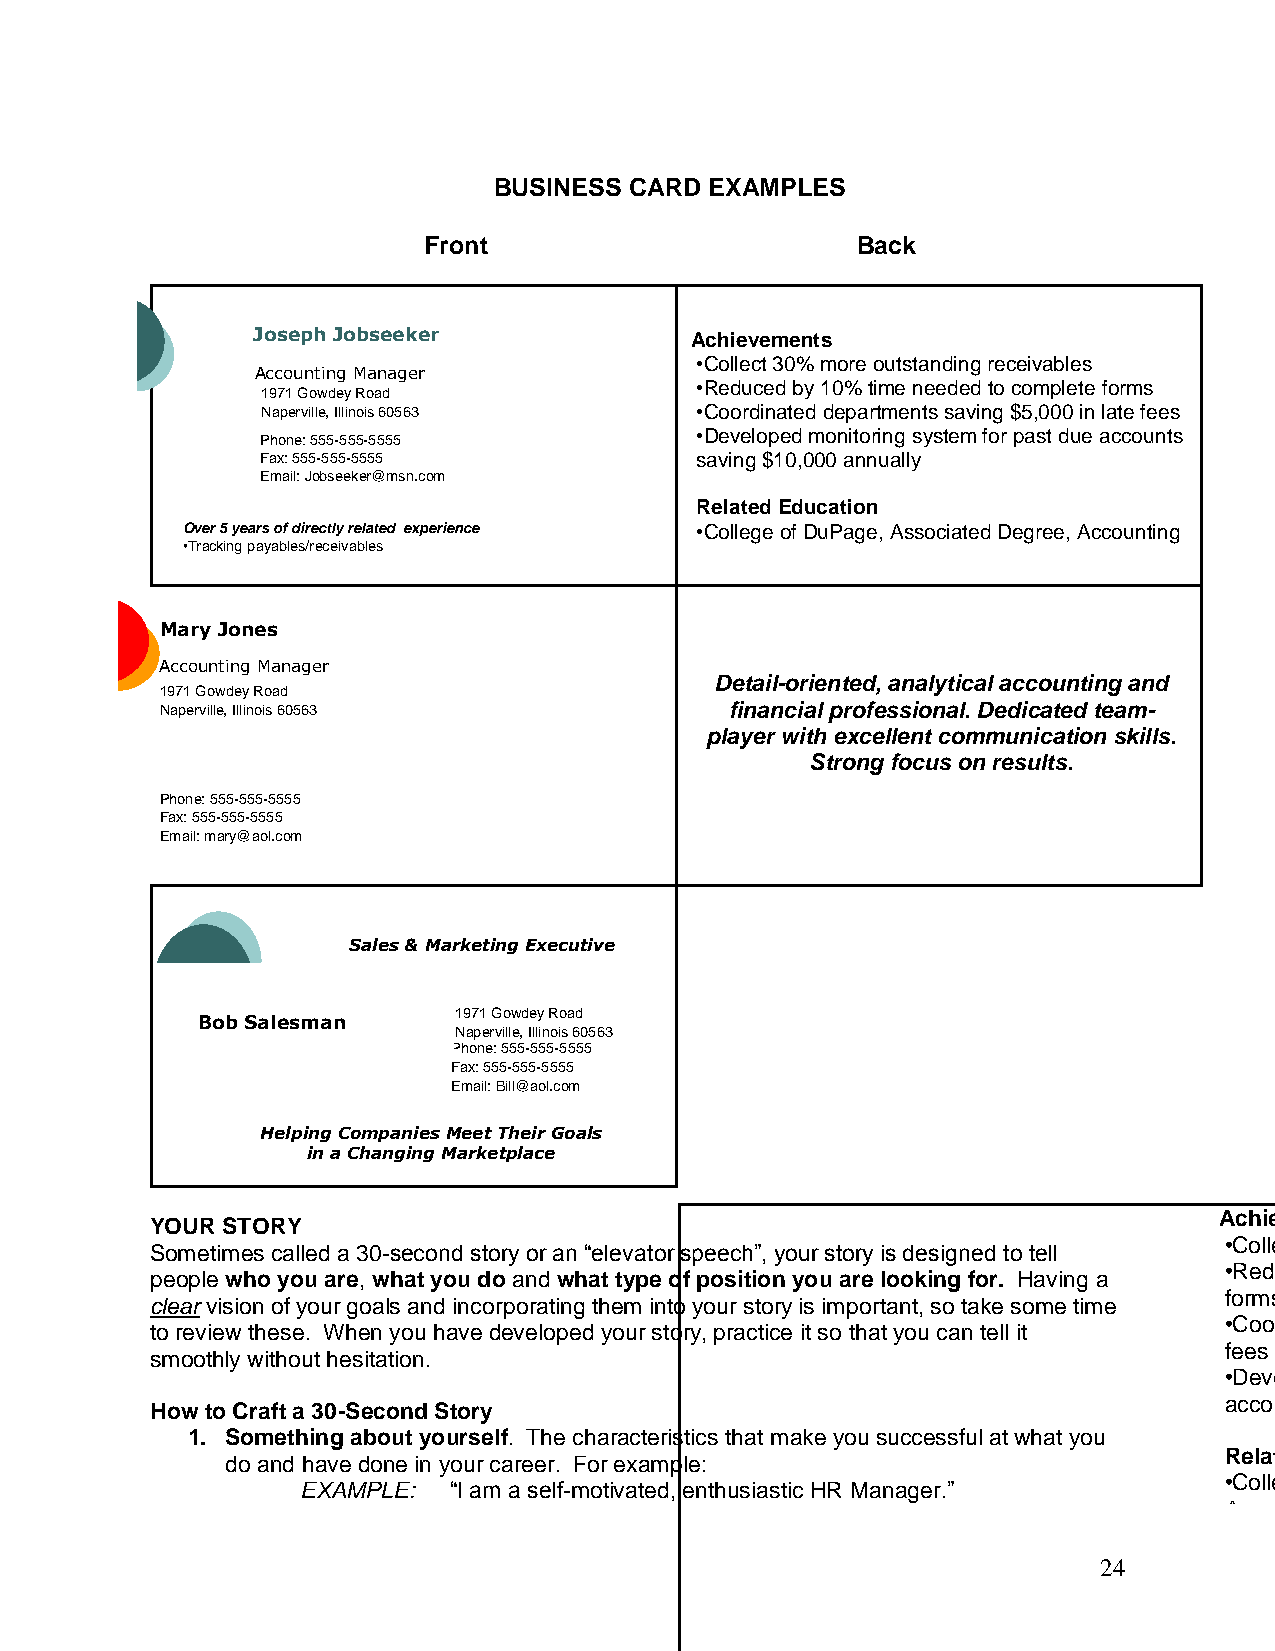
BUSINESS CARD EXAMPLES
 Front                        Back
 Joseph Jobseeker             Achievements
 •Collect 30% more outstanding receivables
 Accounting Manager
 •Reduced by 10% time needed to complete forms
 1971 Gowdey Road
 Naperville, Illinois 60563   •Coordinated departments saving $5,000 in late fees
 •Developed monitoring system for past due accounts
 Phone: 555-555-5555
 Fax: 555-555-5555            saving $10,000 annually
 Email: Jobseeker@msn.com
 Related Education
 Over 5 years of directly related experience •College of DuPage, Associated Degree, Accounting
 •Tracking payables/receivables
 •Reviewing/analyzing cash flow
 •Preparing financial statements
 •Coordinating yearly audit for tax purposes
 Ma•Erxyte nJsoivne eacsco unting software experience
 •Processing collections/past due accounts
 Accounting Manager
 Detail-oriented, analytical accounting and
 1971 Gowdey Road
 Naperville, Illinois 60563           financial professional. Dedicated team-
 player with excellent communication skills.
 Strong focus on results.
 Phone: 555-555-5555
 Fax: 555-555-5555
 Email: mary@aol.com
 Sales & Marketing Executive
 1971 Gowdey Road
 Bob Salesman
 Naperville, Illinois 60563
 Phone: 555-555-5555
 Fax: 555-555-5555
 Email: Bill@aol.com
 Helping Companies Meet Their Goals
 in a Changing Marketplace
 Achievements
 YOUR STORY
 •Collect 30% more outstanding receivables
 Sometimes called a 30-second story or an “elevator speech”, your story is designed to tell
 •Reduced by 10% time needed to complete
 people who you are, what you do and what type of position you are looking for. Having a
 forms
 clear vision of your goals and incorporating them into your story is important, so take some time
 •Coordinated departments saving $5,000 in late
 to review these. When you have developed your story, practice it so that you can tell it
 fees
 smoothly without hesitation.
 •Developed monitoring system for past due
 accounts saving $10,000 annually
 How to Craft a 30-Second Story
 1. Something about yourself. The characteristics that make you successful at what you
 Related Education
 do and have done in your career. For example:
 •College of DuPage, Associated Degree,
 EXAMPLE:  “I am a self-motivated, enthusiastic HR Manager.”
 Accounting
 24